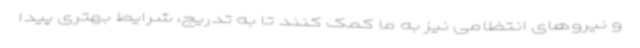
و نیروهای انتظامی نیز به ما کمک کنند تا به تدریج، شرایط بهتری پیدا